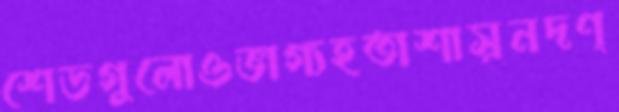
শেডগুলোওভাগ্যহতাশাসুনদণ্